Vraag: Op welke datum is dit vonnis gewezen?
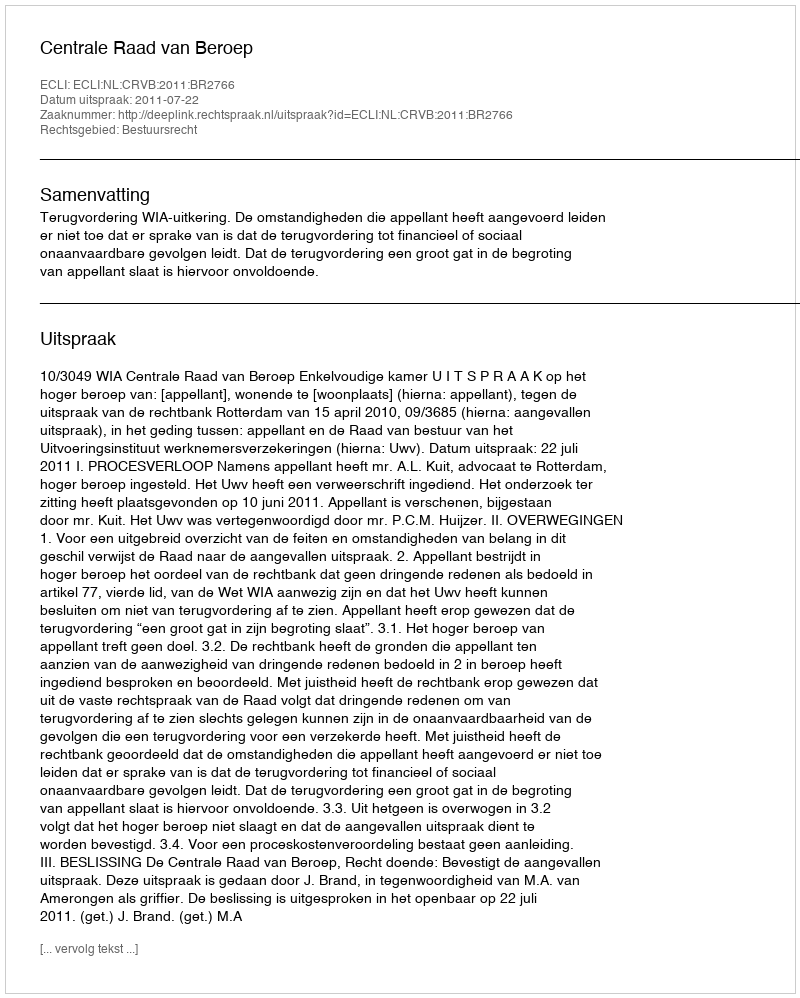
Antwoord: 2011-07-22